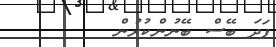
ފަދަ ބޭސް ބޭނުންކުރުން